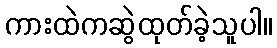
ကားထဲကဆွဲထုတ်ခဲ့သူပါ။